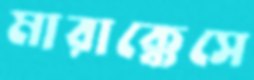
মারাক্কেসে